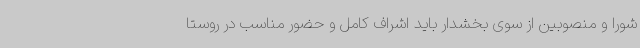
شورا و منصوبین از سوی بخشدار باید اشراف کامل و حضور مناسب در روستا